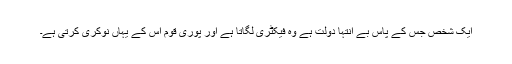
ایک شخص جس کے پاس بے انتہا دولت ہے وہ فیکٹری لگاتا ہے اور پوری قوم اس کے یہاں نوکری کرتی ہے۔